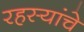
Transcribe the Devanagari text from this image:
रहस्यांचे